Leaving Certificate Examination, 1920, 1920
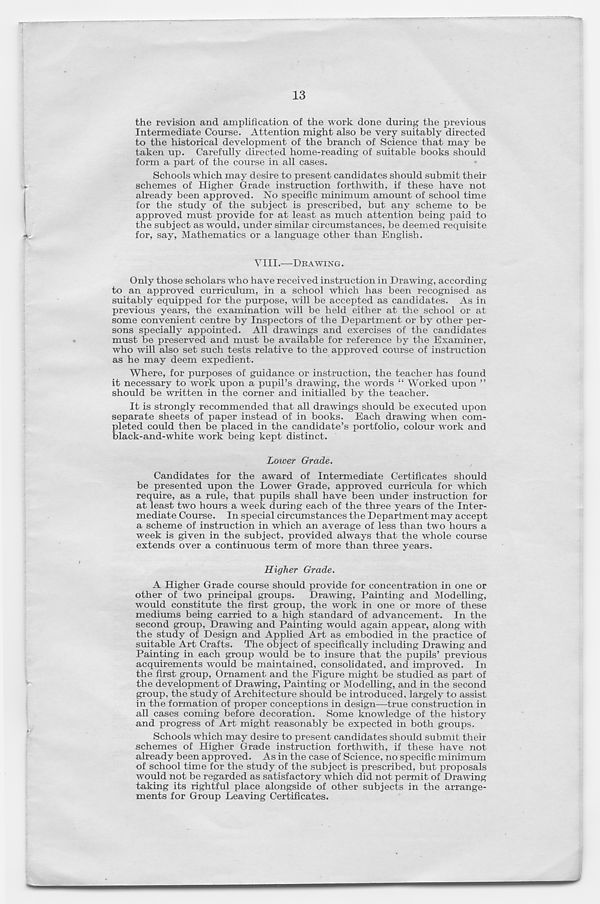
13
the revision and amplification of the work done during the previous
Intermediate Course. Attention might also be very suitably directed
to the historical development of the branch of Science that may be
taken up. Carefully directed ho me-reading of suitable books should
form a part of the course in all cases.
Schools which may desire to present candidates should submit their
schemes of Higher Grade instruction forthwith, if these have not
already been approved. No specific minimum amount of school time
for the study of the subject is prescribed, but any scheme to be
approved must provide for at least as much attention being paid to
the subject as would, under similar circumstances, be deemed requisite
for, say, Mathematics or a language other than English.
VIII.—DRAWING.
Only those scholars who have received instruction in Drawing, according
to an approved curriculum, in a school which has been recognised as
suitably equipped for the purpose, will be accepted as candidates. As in
previous years, the examination will be held either at the school or at
some convenient centre by Inspectors of the Department or by other per-
sons specially appointed. All drawings and exercises of the candidates
must be preserved and must be available for reference by the Examiner,
who will also set such tests relative to the approved course of instruction
as he may deem expedient.
Where, for purposes of guidance or instruction, the teacher has found
it necessary to work upon a pupil’s drawing, the words “ Worked upon ”
should be written in the corner and initialled by the teacher.
It is strongly recommended that all drawings should be executed upon
separate sheets of paper instead of in books. Each drawing when com-
pleted could then be placed in the candidate’s portfolio, colour work and
black-and-white work being kept distinct.
Lower Grade.
Candidates for the award of Intermediate Certificates should
be presented upon the Lower Grade, approved curricula for which
require, as a rule, that pupils shall have been under instruction for
at least two hours a week during each of the three years of the Inter-
mediate Course. In special circumstances the Department may accept
a scheme of instruction in which an average of less than two hours a
week is given in the subject, provided always that the whole course
extends over a continuous term of more than three years.
Higher Grade.
A Higher Grade course should provide for concentration in one or
other of two principal groups.
Drawing, Painting and Modelling,
would constitute the first group, the work in one or more of these
mediums being carried to a high standard of advancement. In the
second group, Drawing and Painting would again appear, along with
the study of Design and Applied Art as embodied in the practice of
suitable Art Crafts. The object of specifically including Drawing and
Painting in each group would be to insure that the pupils’ previous
acquirements would be maintained, consolidated, and improved. In
the first group, Ornament and the Figure might be studied as part of
the development of Drawing, Painting or Modelling, and in the second
group, the study of Architecture should be introduced, largely to assist
in the formation of proper conceptions in design—-true construction in
all cases coming before decoration. Some knowledge of the history
and progress of Art might reasonably be expected in both groups.
Schools which may desire to present candidates should submit their
schemes of Higher Grade instruction forthwith, if these have not
already been approved. As in the case of Science, no specific minimum
of school time for the study of the subject is prescribed, but proposals
would not be regarded as satisfactory which did not permit of Drawing
taking its rightful place alongside of other subjects in the arrange-
ments for Group Leaving Certificates.